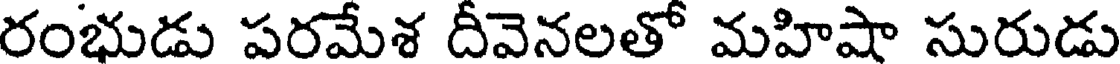
రంభుడు పరమేశ దీవెనలతో మహిషా సురుడు